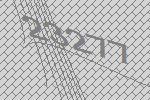
23277